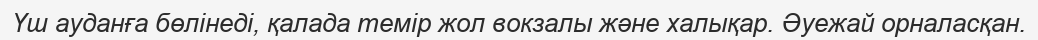
Үш ауданға бөлінеді, қалада темір жол вокзалы және халықар. Әуежай орналасқан.